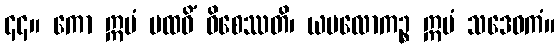
၄၄။ ကော ဣမံ ပထဝိံ ဝိစေဿတိ၊ ယမလောကဉ္စ ဣမံ သဒေဝကံ။